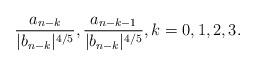
LaTeX: \begin{align*} \frac{a_{n-k}}{|b_{n-k}|^{4/5}}, \frac{a_{n-k-1}}{|b_{n-k}|^{4/5}}, k=0,1,2,3. \end{align*}